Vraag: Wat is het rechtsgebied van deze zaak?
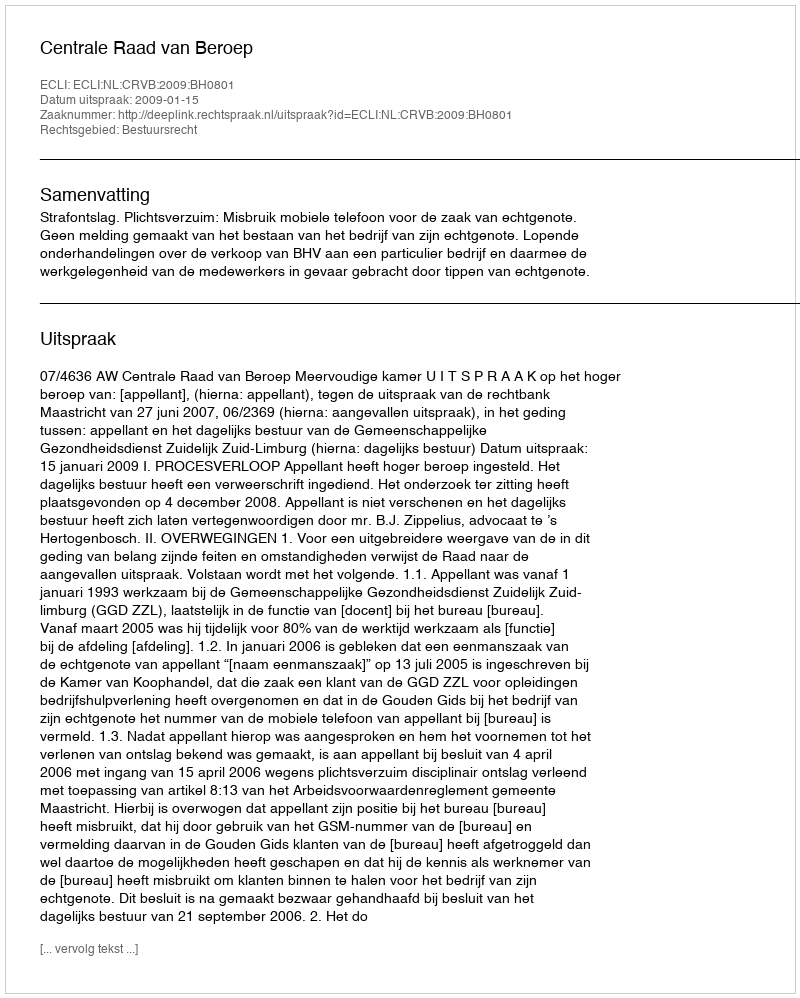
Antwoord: Bestuursrecht